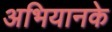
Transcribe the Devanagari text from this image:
अभियानके